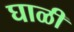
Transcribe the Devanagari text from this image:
घाळी